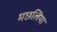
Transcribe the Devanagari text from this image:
मछलियाॅ